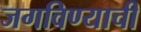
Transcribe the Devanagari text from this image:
जगविण्याची